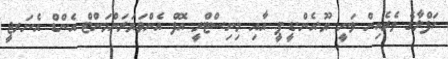
ހަފްލާގެ ތެރެއިން ވަނީ ޔޫ.އެން.ޑީ.ޕީ އާއި މިނިސްޓްރީ އޮފް އެންވަޔަރަންމަންޓް އެންޑް އެނަރޖީ